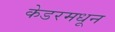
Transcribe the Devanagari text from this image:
केडरमधून